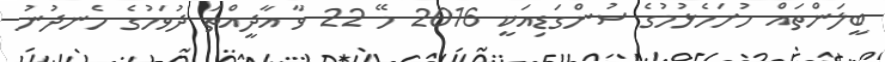
ބީލަންތައް ހުށަހެޅުމުގެ ސުންގަޑިއަކީ 2016 މޭ 22 ވާ އާދީއްތަ ދުވަހުގެ ހެނދުނު